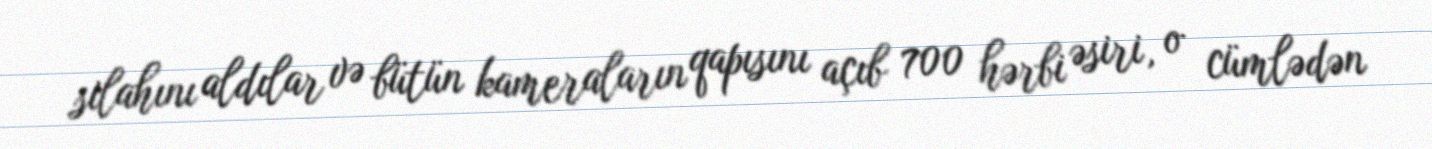
silahını aldılar və bütün kameraların qapısını açıb 700 hərbi əsiri, o cümlədən